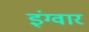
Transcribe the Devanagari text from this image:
इंग्वार